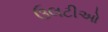
ઉલટીઓ